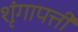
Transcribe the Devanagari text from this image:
शृंगापत्ती